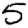
Digit: 5